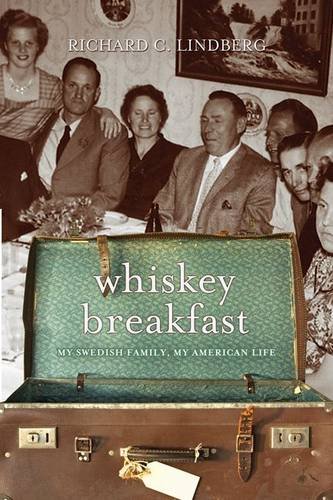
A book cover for Whiskey Breakfast: My Swedish Family, My American Life; Richard C. Lindberg; Biographies & Memoirs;